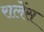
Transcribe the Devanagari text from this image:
रालेंस